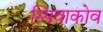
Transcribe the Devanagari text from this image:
स्पिवाकोव